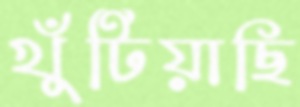
খুঁটিয়াছি